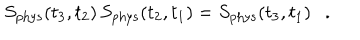
S _ { \mathrm { p h y s } } ( t _ { 3 } , t _ { 2 } ) \, S _ { \mathrm { p h y s } } ( t _ { 2 } , t _ { 1 } ) = S _ { \mathrm { p h y s } } ( t _ { 3 } , t _ { 1 } ) \ \ \ .